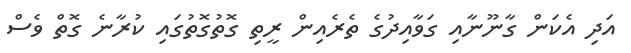
އަދި އެކަން ގާނޫނާއި ގަވާއިދުގެ ތެރެއިން ރީތި ގޮތުގޮތުގައި ކުރާނެ ގޮތް ވެސް